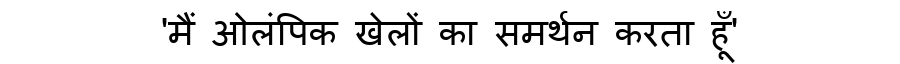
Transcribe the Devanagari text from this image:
'मैं ओलंपिक खेलों का समर्थन करता हूँ'